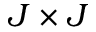
J \times J